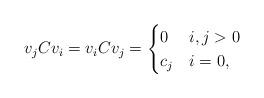
LaTeX: \begin{align*}v_{j}Cv_{i}=v_{i}Cv_{j}=\begin{cases}0 & i,j>0\\c_{j} & i=0,\end{cases}\end{align*}